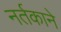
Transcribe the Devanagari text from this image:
नर्तकाने